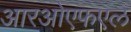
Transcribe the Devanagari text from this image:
आरओएफएल